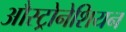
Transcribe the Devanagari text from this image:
औस्ट्रोनेशियन